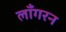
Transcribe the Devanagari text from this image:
लाँगरन